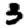
Digit: 3